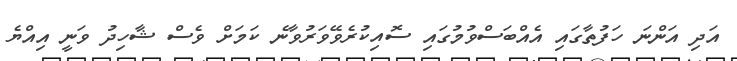
އަދި އަންނަ ހަފުތާގައި އެއްބަސްވުމުގައި ސޮއިކުރެވޭވަރުވާނެ ކަމަށް ވެސް ޝާހިދު ވަނީ އިއްޔެ